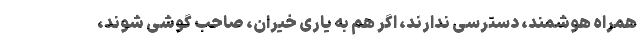
همراه هوشمند، دسترسی ندارند، اگر هم به یاری خیران، صاحب گوشی شوند،